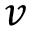
v